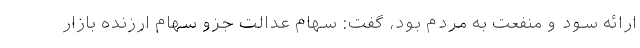
ارائه سود و منفعت به مردم بود، گفت: سهام عدالت جزو سهام ارزنده بازار